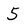
Character: 5